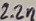
Text: 2.2n